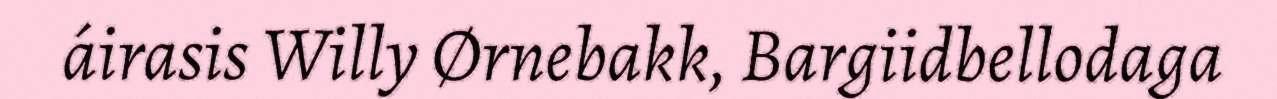
áirasis Willy Ørnebakk, Bargiidbellodaga